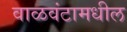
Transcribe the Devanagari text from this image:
वाळवंटामधील